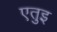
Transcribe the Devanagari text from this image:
एतुइ